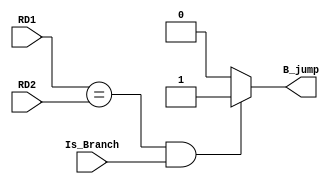
`timescale 1ns / 1ps
//////////////////////////////////////////////////////////////////////////////////
// Company: 
// Engineer: 
// 
// Design Name: 
// Module Name:    D_CMP 
// Project Name: 
// Target Devices: 
// Tool versions: 
// Description: 
//
// Dependencies: 
//
// Revision: 
// Revision 0.01 - File Created
// Additional Comments: 
//
//////////////////////////////////////////////////////////////////////////////////
module D_CMP(
	input [31:0] RD1,
	input [31:0] RD2,
	input Is_Branch,
	
	output B_jump
    );
	
	assign B_jump = (RD1 == RD2) && (Is_Branch == 1) ? 1'b1 : 
					1'b0 ;

endmodule